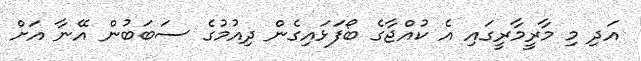
އަދި މި މާރީމާރީގައި އެ ކުއްޖާގެ ބޯފަޅައިގެން ދިއުމުގެ ސަބަބުން އޭނާ އަށް